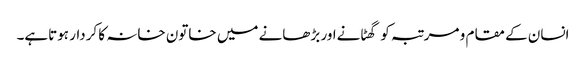
انسان کے مقام و مرتبہ کو گھٹانےاور بڑھانے میں خاتون خانہ کا کردار ہوتاہے۔